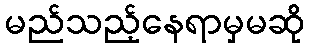
မည်သည့်နေရာမှမဆို